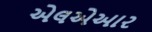
એલએઆર